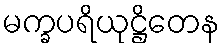
မက္ခပရိယုဋ္ဌိတေန